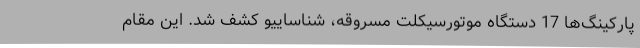
پارکینگ‌ها 17 دستگاه موتورسیکلت مسروقه، شناساییو کشف شد. این مقام